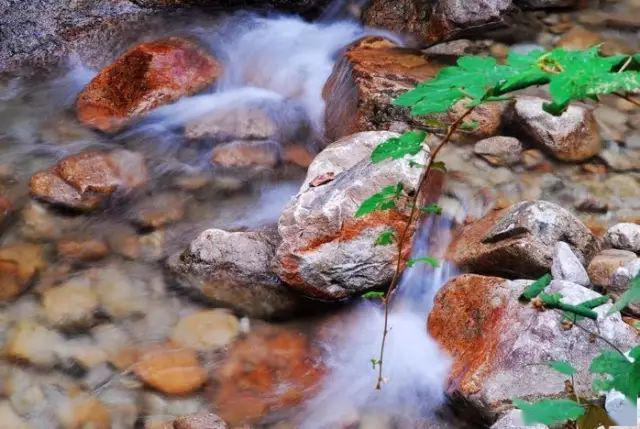
拨云寻古道，倚石听流泉。